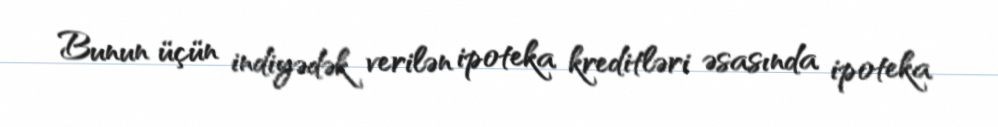
Bunun üçün indiyədək verilən ipoteka kreditləri əsasında ipoteka